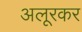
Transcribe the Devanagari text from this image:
अलूरकर